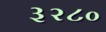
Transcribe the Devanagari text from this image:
३२८०